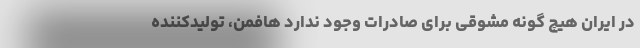
در ایران هیچ گونه مشوقی برای صادرات وجود ندارد هافمن، تولیدکننده